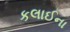
કલાઈના